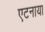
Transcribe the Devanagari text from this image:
एटनाया